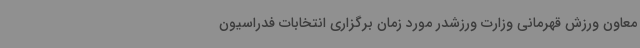
معاون ورزش قهرمانی وزارت ورزشدر مورد زمان برگزاری انتخابات فدراسیون